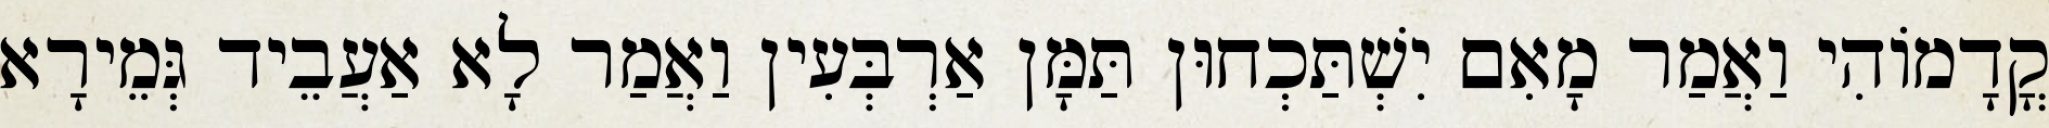
קֳדָמוֹהִי וַאֲמַר מָאִם יִשְׁתַּכְחוּן תַּמָּן אַרְבְּעִין וַאֲמַר לָא אַעֲבֵיד גְּמֵירָא